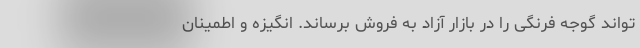
تواند گوجه فرنگی را در بازار آزاد به فروش برساند. انگیزه و اطمینان